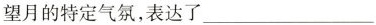
望月的特定气氛，表达了___